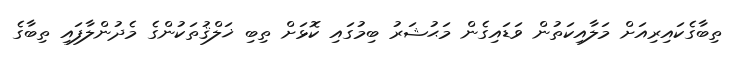
ތިބާގެކައިރިއަށް މަލާއިކަތުން ވަޑައިގެން މަޙުޝަރު ބިމުގައި ކޮޅަށް ތިބި ޚަލްޤުތަކުންގެ މެދުންލާފައި ތިބާގެ